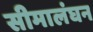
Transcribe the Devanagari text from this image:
सीमालंघन